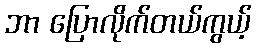
ဘာ ပြောလိုက်တယ်ကွယ့်